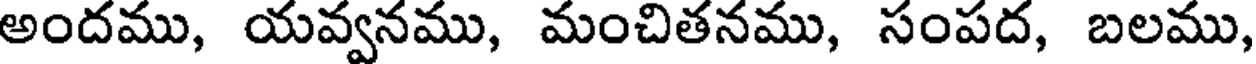
అందము, యవ్వనము, మంచితనము, సంపద, బలము,